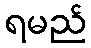
ရမည်